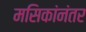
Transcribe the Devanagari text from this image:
मसिकांनंतर